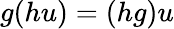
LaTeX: g(hu)=(hg)u